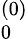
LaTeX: _{0}^{(0)}